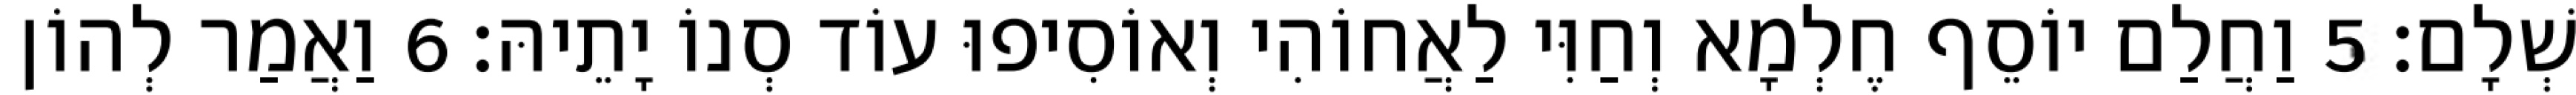
שְׁלָם׃ 5 וַחֲלַם יוֹסֵף חֶלְמָא וְחַוִּי לַאֲחוֹהִי וְאוֹסִיפוּ עוֹד סְנוֹ יָתֵיהּ׃ 6 וַאֲמַר לְהוֹן